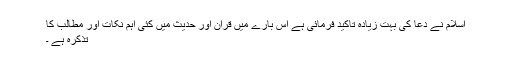
اسلام نے دعا کی بہت زیادہ تاکید فرمائی ہے اس بارے میں قرآن اور حدیث میں کئی اہم نکات اور مطالب کا
تذکرہ ہے ۔